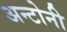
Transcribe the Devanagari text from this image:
अन्टोनी